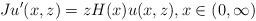
LaTeX: \begin{align*}Ju'(x,z)=zH(x)u(x,z), x\in(0,\infty)\end{align*}